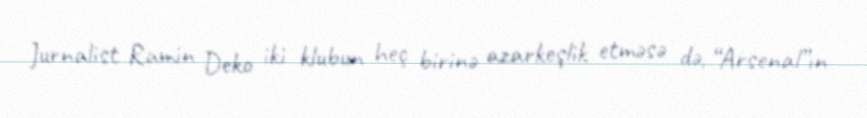
Jurnalist Ramin Deko iki klubun heç birinə azarkeşlik etməsə də, “Arsenal”ın